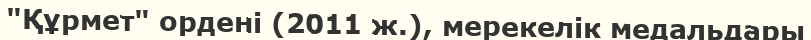
"Құрмет" ордені (2011 ж.), мерекелік медальдары